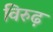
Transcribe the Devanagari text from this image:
विरुढ़